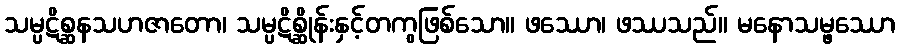
သမ္ပဋိစ္ဆနသဟဇာတော၊ သမ္ပဋိစ္ဆိုန်းနှင့်တကွဖြစ်သော။ ဖဿော၊ ဖဿသည်။ မနောသမ္ဖဿော